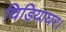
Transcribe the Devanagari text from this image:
चिड़ियाघर।